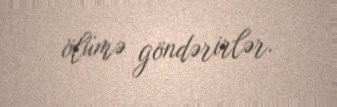
ölümə göndərirlər.